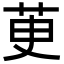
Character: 茰